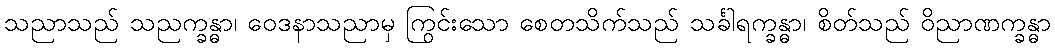
သညာသည် သညက္ခန္ဓာ၊ ဝေဒနာသညာမှ ကြွင်းသော စေတသိက်သည် သင်္ခါရက္ခန္ဓာ၊ စိတ်သည် ဝိညာဏက္ခန္ဓာ